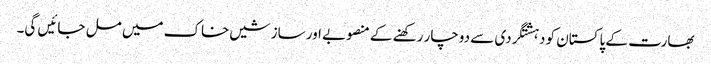
بھارت کے پاکستان کو دہشتگردی سے دوچار رکھنے کے منصوبے اور سازشیں خاک میں مل جائیں گی۔